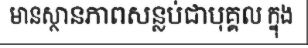
មានស្ថានភាពសន្លប់ជាបុគ្គល ក្នុង